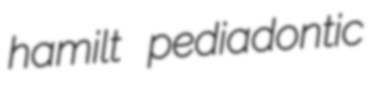
hamilt pediadontic